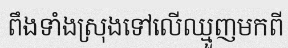
ពឹងទាំងស្រុងទៅលើឈ្មួញមកពី